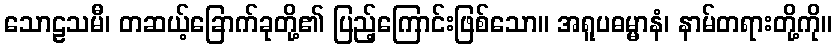
သောဠသမီ၊ တဆယ့်ခြောက်ခုတို့၏ ပြည့်ကြောင်းဖြစ်သော။ အရူပဓမ္မာနံ၊ နာမ်တရားတို့ကို။